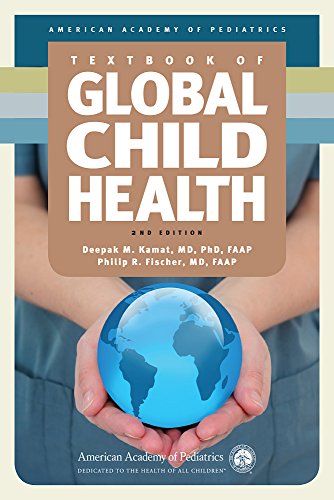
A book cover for Textbook of Global Child Health, 2nd Edition; Medical Books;